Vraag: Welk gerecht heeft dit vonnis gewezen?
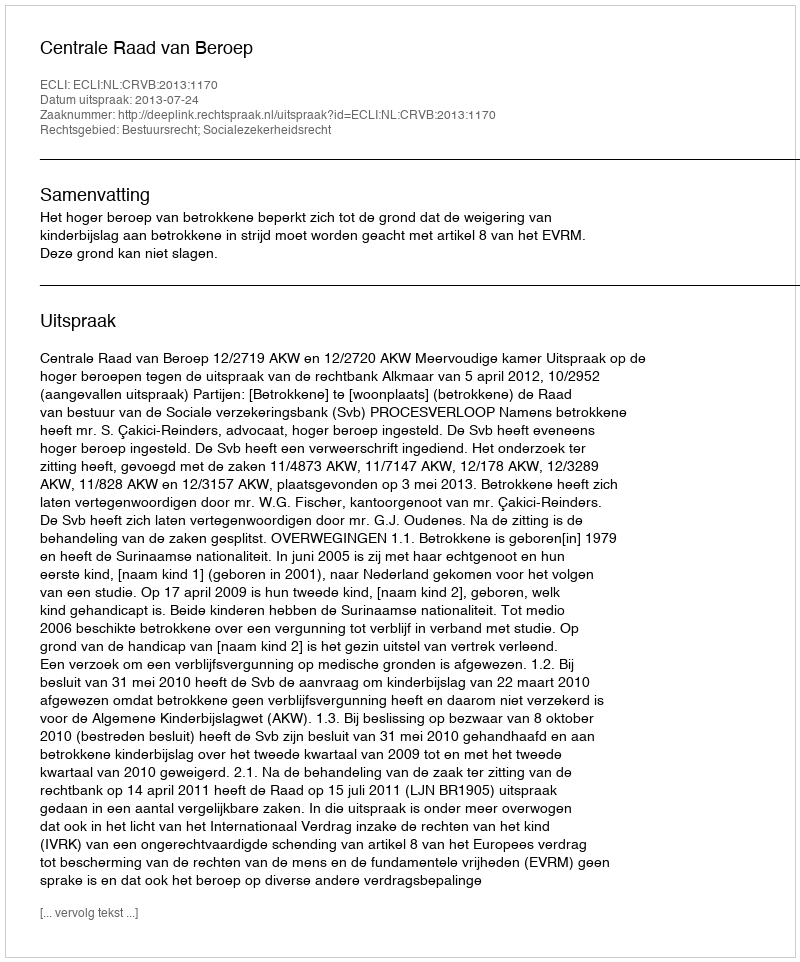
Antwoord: Centrale Raad van Beroep